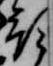
預